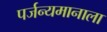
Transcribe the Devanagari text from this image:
पर्जन्यमानाला